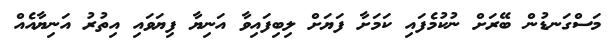
މަސްގަނޑުން ބޭރަށް ނުކުމެފައި ކަމަށާ ފަޔަށް ލިބިފައިވާ އަނިޔާ ފިޔަވައި އިތުރު އަނިޔާއެއް